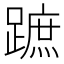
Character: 蹠